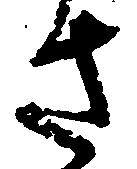
さ